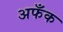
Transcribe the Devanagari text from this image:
अफँक